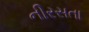
નીરસતા